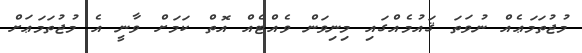
މުޖުތަމަޢެއް ނުވަތަ ޤައުމެއްގައި މިނިވަން ވެއްޓެއް އޮތް ކަމަށް ވާނީ އެ މުޖުތަމަޢަށް